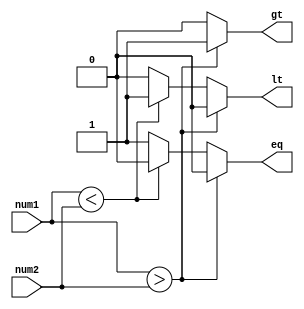
module signed_comparator (
    input signed [31:0] num1,
    input signed [31:0] num2,
    output reg gt,  // greater than
    output reg lt,  // less than
    output reg eq   // equal to
);

    reg [31:0] diff;

    always @(*) begin
        diff = num1 - num2;

        if (num1 > num2) begin
            gt = 1;
            lt = 0;
            eq = 0;
        end else if (num1 < num2) begin
            gt = 0;
            lt = 1;
            eq = 0;
        end else begin
            gt = 0;
            lt = 0;
            eq = 1;
        end
    end

endmodule